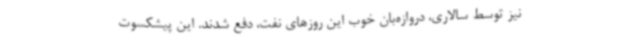
نیز توسط سالاری، دروازه‌بان خوب این روزهای نفت، دفع شدند. این پیشکسوت